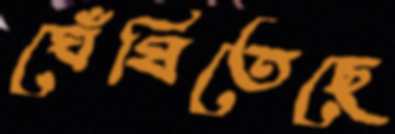
ঘেঁষিতেছে